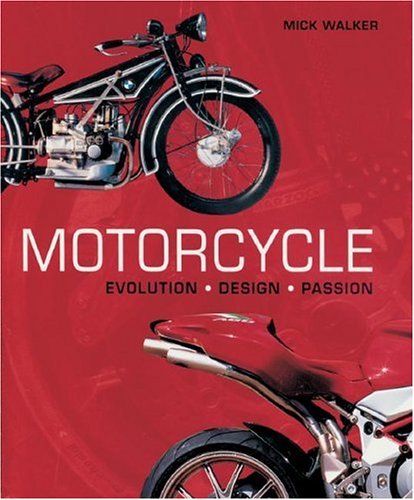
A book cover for Motorcycle: Evolution, Design, Passion; Mick Walker; Arts & Photography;